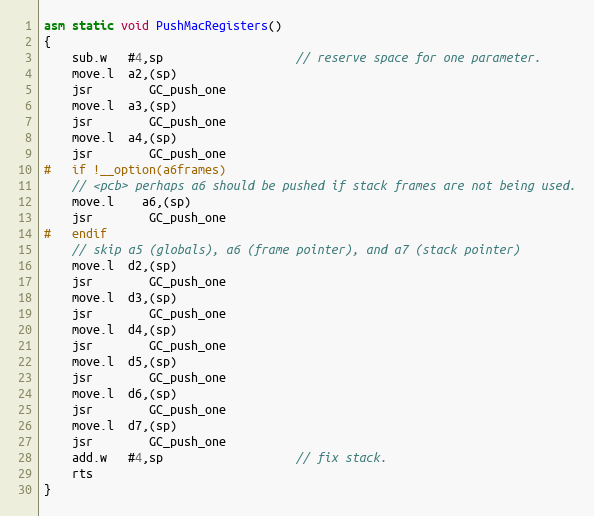
Language: C
asm static void PushMacRegisters()
{
    sub.w   #4,sp                   // reserve space for one parameter.
    move.l  a2,(sp)
    jsr		GC_push_one
    move.l  a3,(sp)
    jsr		GC_push_one
    move.l  a4,(sp)
    jsr		GC_push_one
#   if !__option(a6frames)
	// <pcb> perhaps a6 should be pushed if stack frames are not being used.
	move.l	a6,(sp)
	jsr		GC_push_one
#   endif
	// skip a5 (globals), a6 (frame pointer), and a7 (stack pointer)
    move.l  d2,(sp)
    jsr		GC_push_one
    move.l  d3,(sp)
    jsr		GC_push_one
    move.l  d4,(sp)
    jsr		GC_push_one
    move.l  d5,(sp)
    jsr		GC_push_one
    move.l  d6,(sp)
    jsr		GC_push_one
    move.l  d7,(sp)
    jsr		GC_push_one
    add.w   #4,sp                   // fix stack.
    rts
}